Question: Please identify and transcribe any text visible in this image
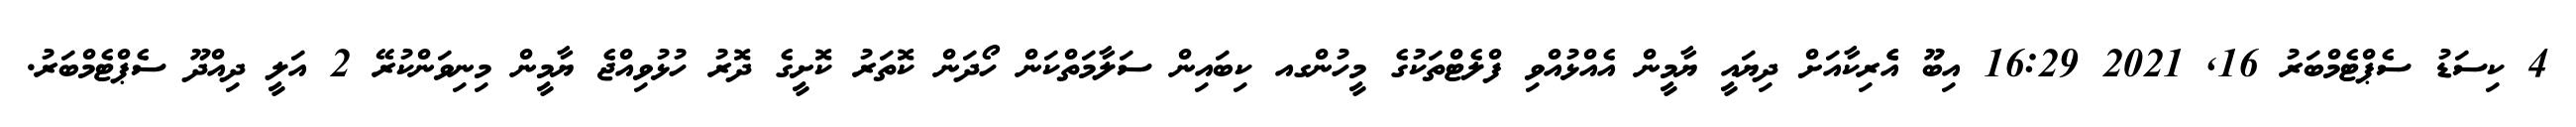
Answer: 4 ކިސަޑު ސެޕްޓެމްބަރު 16, 2021 16:29 އިބޫ އެެރިކާއަށް ދިޔައީ ޔާމީން އެއްޅުއްވި ފްލެޓްތަކުގެ މީހުންގއ ކިބައިން ސަލާމަތްކަން ހޯދަން ކޮތަރު ކޮށީގެ ދޮރު ހުޅުވިއްޖެ ޔާމީން މިނިވަންކުރޭ 2 އަލީ ދިއްދޫ ސެޕްޓެމްބަރު.